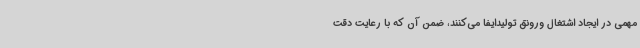
مهمی در ایجاد اشتغال ورونق تولیدایفا می‌کنند، ضمن آن که با رعایت دقت